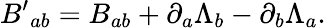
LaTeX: {B^{\prime}}_{ab}=B_{ab}+\partial_{a}\Lambda_{b}-\partial_{b}\Lambda_{a}.